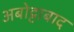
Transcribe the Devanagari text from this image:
अबोट्टाबाद